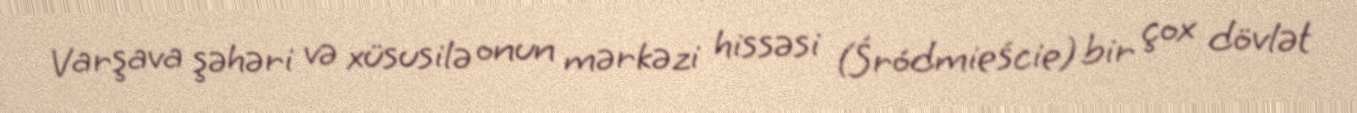
Varşava şəhəri və xüsusilə onun mərkəzi hissəsi (Śródmieście) bir çox dövlət